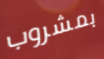
بمشروب